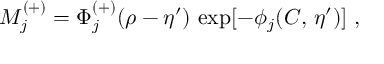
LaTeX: M _ { j } ^ { ( + ) } = \Phi _ { j } ^ { ( + ) } ( \rho - \eta ^ { \prime } ) \, \exp [ - \phi _ { j } ( C , \, \eta ^ { \prime } ) ] ~ ,